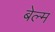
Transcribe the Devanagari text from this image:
बेल्म